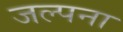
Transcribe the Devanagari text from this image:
जल्पना